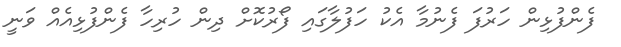
ފެންފުޅިން ހަރުފަ ފެނުމާ އެކު ހަފުލާގައި ފޯރުކޮށް ދިން ހުރިހާ ފެންފުޅިއެއް ވަނީ